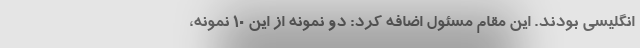
انگلیسی بودند. این مقام مسئول اضافه کرد: دو نمونه از این 10 نمونه،